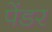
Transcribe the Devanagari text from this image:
पेंडर